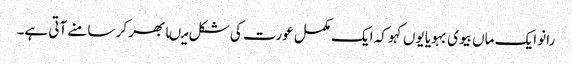
رانو ایک ماں بیوی بہویا یوں کہو کہ ایک مکمل عورت کی شکل میںابھر کر سامنے آتی ہے۔